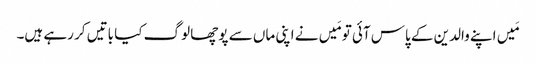
مَیں اپنے والدین کے پاس آئی تو مَیں نے اپنی ماں سے پوچھا لوگ کیا باتیں کر رہے ہیں۔